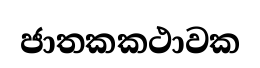
ජාතකකථාවක